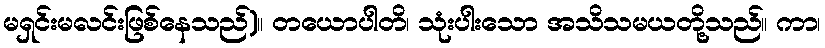
မရှင်းမလင်းဖြစ်နေသည်)။ တယောပါတိ၊ သုံးပါးသော အသိသမယတို့သည်။ ကာ၊